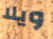
ويلا